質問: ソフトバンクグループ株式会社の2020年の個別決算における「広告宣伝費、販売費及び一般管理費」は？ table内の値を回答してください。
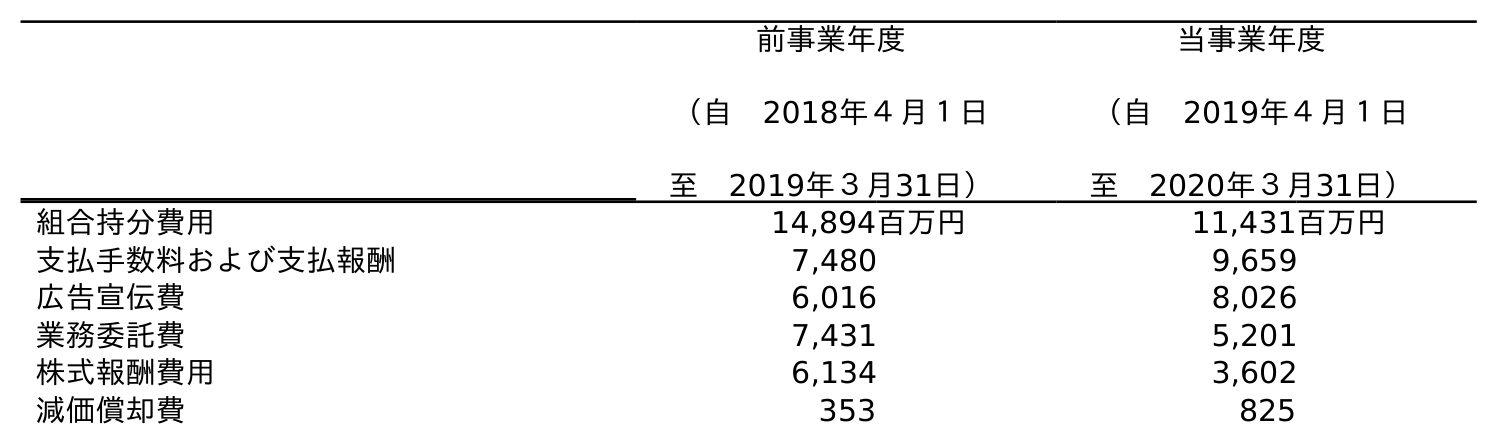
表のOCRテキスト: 前事業年度 （自 2018年４月１日 至 2019年３月31日） 当事業年度 （自 2019年４月１日 至 2020年３月31日） 組合持分費用 14,894百万円 11,431百万円 支払手数料および支払報酬 7,480 9,659 広告宣伝費 6,016 8,026 業務委託費 7,431 5,201 株式報酬費用 6,134 3,602 減価償却費 353 825
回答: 8,026